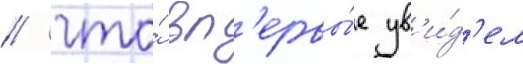
/ что́ вп'ервы́е ув'и́д'ел